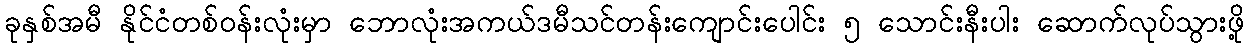
ခုနှစ်အမီ နိုင်ငံတစ်ဝန်းလုံးမှာ ဘောလုံးအကယ်ဒမီသင်တန်းကျောင်းပေါင်း ၅ သောင်းနီးပါး ဆောက်လုပ်သွားဖို့